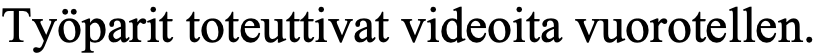
Työparit toteuttivat videoita vuorotellen.